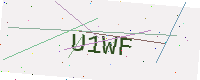
Text: U1WF